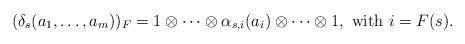
LaTeX: \begin{align*}(\delta_s(a_1,\ldots, a_m))_F = 1\otimes \cdots\otimes \alpha_{s,i}(a_i)\otimes\cdots\otimes 1, \textrm{ with } i = F(s).\end{align*}